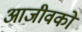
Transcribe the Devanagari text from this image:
आजीवकों